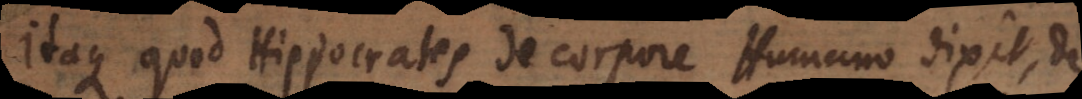
Itaque quod Hippocrates de corpore Humano dixit, de